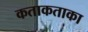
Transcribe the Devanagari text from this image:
कताकताका